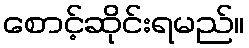
စောင့်ဆိုင်းရမည်။